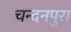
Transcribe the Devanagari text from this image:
चन्दनपुरा